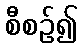
စီစဉ်၍